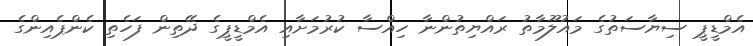
އެމްޑީޕީ ސިޔާސަތުގެ މައުލޫމާތު ރައްޔިތުންނާ ހިއްސާ ކުރުމަށާއި އެމްޑީޕީގެ ދޭތިން ފަހެތި ކެންޕެއިންގެ